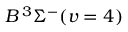
B \, { } ^ { 3 } \Sigma ^ { - } ( v = 4 )